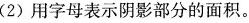
(2)用字母表示阴影部分的面积。